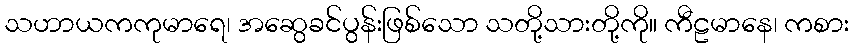
သဟာယကကုမာရေ၊ အဆွေခင်ပွန်းဖြစ်သော သတို့သားတို့ကို။ ကီဠမာနေ၊ ကစား